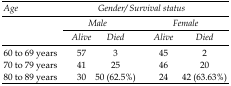
<table><thead><tr><td><b><i>Age</i></b></td><td colspan="4"><b><i>Gender/Survival status</i></b></td></tr><tr><td rowspan="3"></td><td colspan="2"><b><i>Male</i></b></td><td colspan="2"><b><i>Female</i></b></td></tr><tr><td><b><i>Alive</i></b></td><td><b><i>Died</i></b></td><td><b><i>Alive</i></b></td><td><b><i>Died</i></b></td></tr></thead><tbody><tr><td>60 to 69 years</td><td>57</td><td>3</td><td>45</td><td>2</td></tr><tr><td>70 to 79 years</td><td>41</td><td>25</td><td>46</td><td>20</td></tr><tr><td>80 to 89 years</td><td>30</td><td>50 (62.5%)</td><td>24</td><td>42 (63.63%)</td></tr></tbody></table>